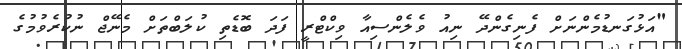
"އަޅުގަނޑުމެންނަށް ފެނިގެންދޭ ނިއު ވެލެންސިއާ ވިކްޓްރީ ފަދަ ބޮޑެތި ކުލަބްތަށް މެނޭޖް ނުކުރެވުމުގެ